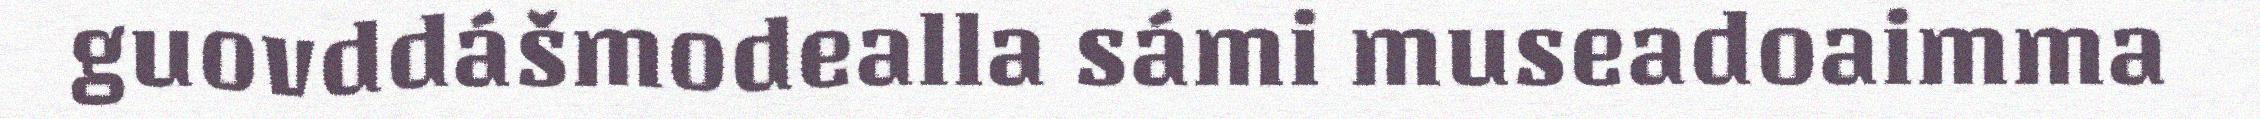
guovddášmodealla sámi museadoaimma